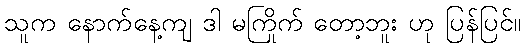
သူက နောက်နေ့ကျ ဒါ မကြိုက် တော့ဘူး ဟု ပြန်ပြင်။